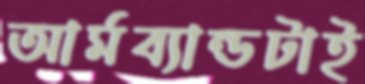
আর্মব্যান্ডটাই